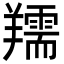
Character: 羺